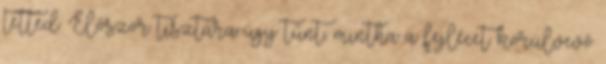
tetted. Először tisztára úgy tűnt, mintha a fejlécet körülvevő